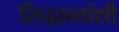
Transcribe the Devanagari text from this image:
सिद्धान्तांशी